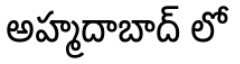
అహ్మదాబాద్ లో